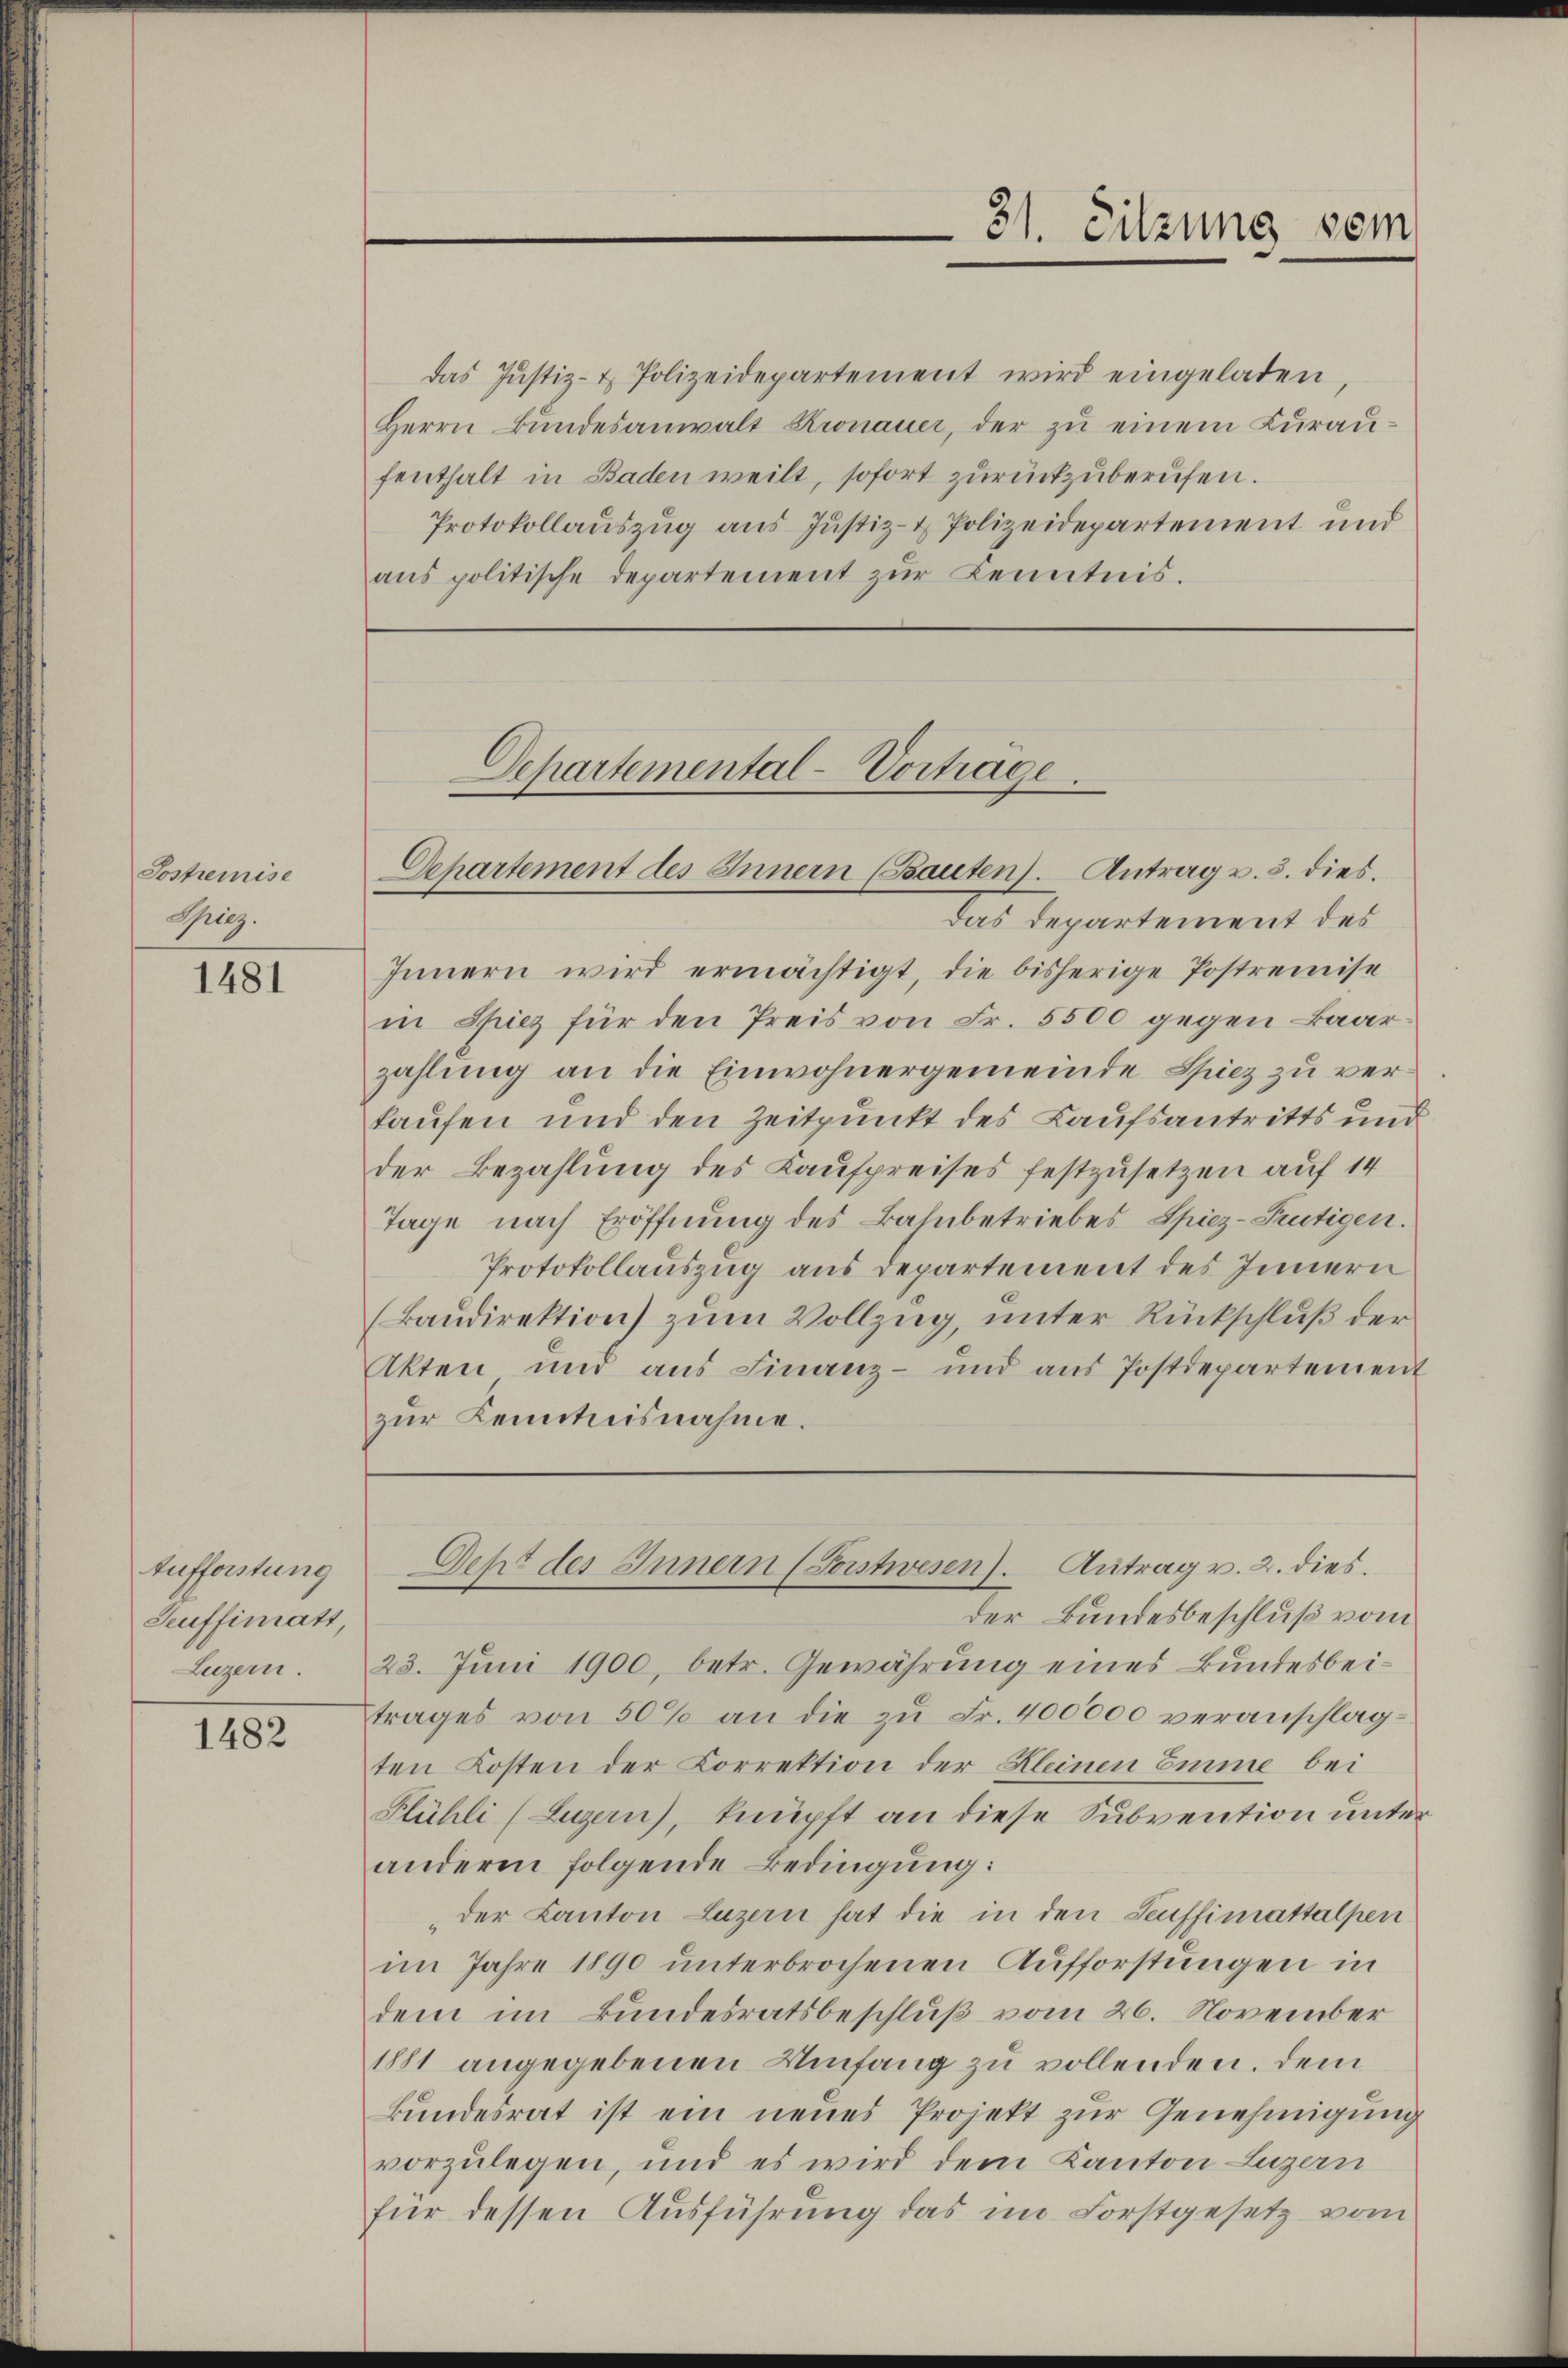
Sostremise
Giez.

1481

Aufforstung
Seuffinatt
Legen.

1482

das Justiz- & Polizeidepartement wird eingeladen
Herrn Bundesanwalt Kronauer, der zu einem Kuraufenthalt in Baden weilt, sofort zurückzuberufen.
Protokollauszug aus Justiz- & Polizeidepartement und
ans politische Departement zur Kenntnis.

Departemental-Vortrage.
Dehartement des Innern (Bauten). Antrag u. 3. dies.

31. Sitzung vom

Das Departement des
Innern wird ermächtigt, die bisherige Postremise
in Spiez für den Preis von Fr. 5500 gegen Baar
zahlung an die Einwohnergemeinde Spiez zu verkaufen und den Zeitpunkt des Laufsantritts und
der Bezahlung des Kaufpreises festzusetzen auf 14
Tage nach Eröffnung des Bahnbetriebes Spiez-Teutigen.
Protokollauszug aus Departement des Innern
(Baŭdirektion) zŭm Vollzŭg, ŭnter Rückschlŭβ der
Akten und aus Finanz- und aŭs Postdepartement
zur Kenntnisnahme.

Seht des Innern (Sonstwesen). Antrag v. 2. dies

der Bundesbeschluß vom
23. Juni 1900, betr. Gewährung eines Bundesbeitrages von 50% an die zu Fr. 400000 veranschlagten Kosten der Correktion der Kleinen Emme bei
Klühli (Luzern), knüpft an diese Subvention unter
anderen folgende Bedingung:
der Canton Luzern hat die in den Seuffimattalpen
im Jahre 1890 unterbrochenen Aufforstungen in
dem im Bundesratsbeschluß vom 26. November
1881 angegebenen Umfang zu vollenden. Dem
kundesrat ist ein neues Projekt zur Genehmigung
vorzulegen, und es wird dem Kanton Luzern
für dessen Ausführung das im Forstgesetz vom